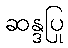
ဆန္ဒပြု